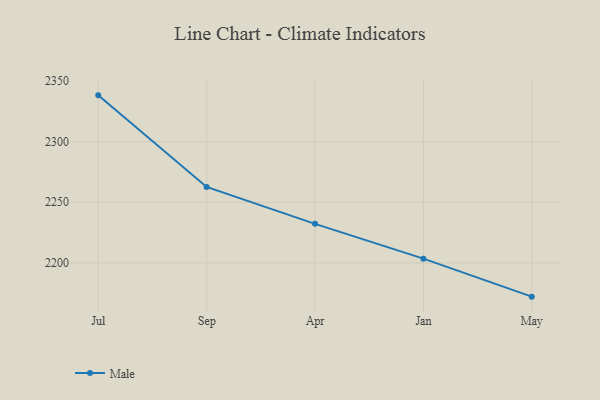
{"axis": {"x": "Month", "y": "Budget (USD K)"}, "legend": ["Male"], "data": [{"x": "Jul", "y": 2338.1, "type": "Male"}, {"x": "Sep", "y": 2262.6, "type": "Male"}, {"x": "Apr", "y": 2232.2, "type": "Male"}, {"x": "Jan", "y": 2203.5, "type": "Male"}, {"x": "May", "y": 2172.2, "type": "Male"}]}